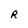
Character: R